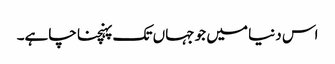
اس دنیا میں جو جہاں تک پہنچنا چاہے۔